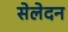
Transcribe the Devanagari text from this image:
सेलेदन